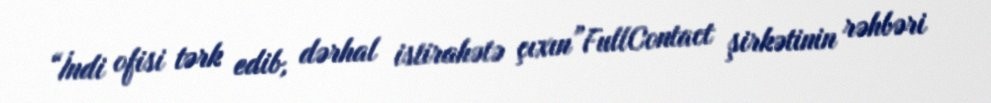
“İndi ofisi tərk edib, dərhal istirahətə çıxın”FullContact şirkətinin rəhbəri